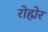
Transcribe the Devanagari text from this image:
रोह्मेर